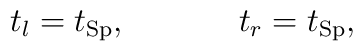
t_l = t_{\rm Sp}, \hspace{40pt} t_r = t_{\rm Sp},